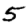
Digit: 5